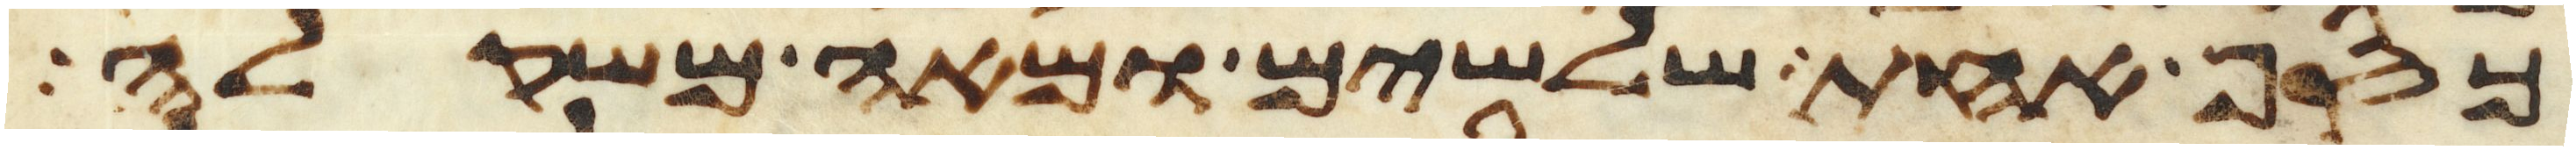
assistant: כסף אחת שלשים ומאה משקלה